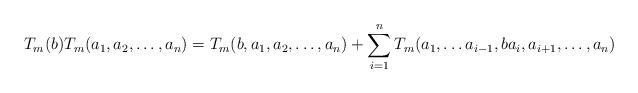
LaTeX: \begin{align*}T_m(b)T_m(a_1, a_2, \ldots, a_n) = T_m(b, a_1, a_2, \ldots, a_n) + \sum_{i=1}^n T_m(a_1, \ldots a_{i-1}, ba_i, a_{i+1}, \ldots, a_n)\end{align*}